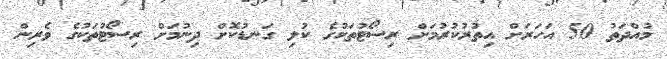
މުއްދަތު 50 އަހަރަށް އިތުރުކުރުމަށް ރިސޯޓުތަކުގެ ކުލި ގަނޑުކޮށް ދިނުމަށް ރިސޯޓުތަކުގެ ވެރިން